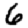
Digit: 6